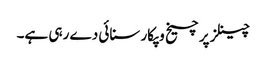
چینلز پر چیخ وپکار سنائی دے رہی ہے۔